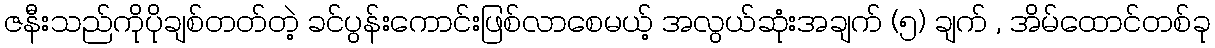
ဇနီးသည်ကိုပိုချစ်တတ်တဲ့ ခင်ပွန်းကောင်းဖြစ်လာစေမယ့် အလွယ်ဆုံးအချက် (၅) ချက် , အိမ်ထောင်တစ်ခု